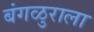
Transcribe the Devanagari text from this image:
बंगळुराला